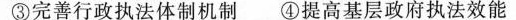
③完善行政执法体制机制④提高基层政府执法效能